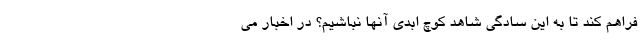
فراهم کند تا به این سادگی شاهد کوچ ابدی آنها نباشیم؟ در اخبار می